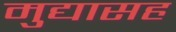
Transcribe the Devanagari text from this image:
मुद्यासह